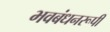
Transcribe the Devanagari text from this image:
भवबंधनरूपी